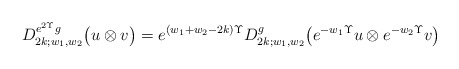
\begin{align*} D_{2k;w_1,w_2}^{e^{2\Upsilon}g} \bigl( u \otimes v \bigr) = e^{(w_1+w_2-2k)\Upsilon} D_{2k;w_1,w_2}^{g} \bigl( e^{-w_1\Upsilon}u \otimes e^{-w_2\Upsilon}v \bigr) \end{align*}